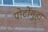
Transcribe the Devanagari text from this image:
पोटोंगुहा